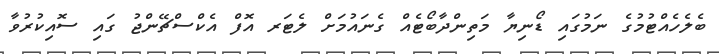
ބެލެހެއްޓުމުގެ ނަމުގައި ޑޯނިޔާ މަތިންދާބޯޓެއް ގެނައުމަށް ލެޓަރ އޮފް އެކްސްޗޭންޖު ގައި ސޮއިކުރުވާ